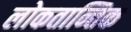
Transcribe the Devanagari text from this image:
लोकतान्तिक